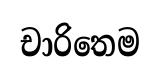
චාරිතෙම